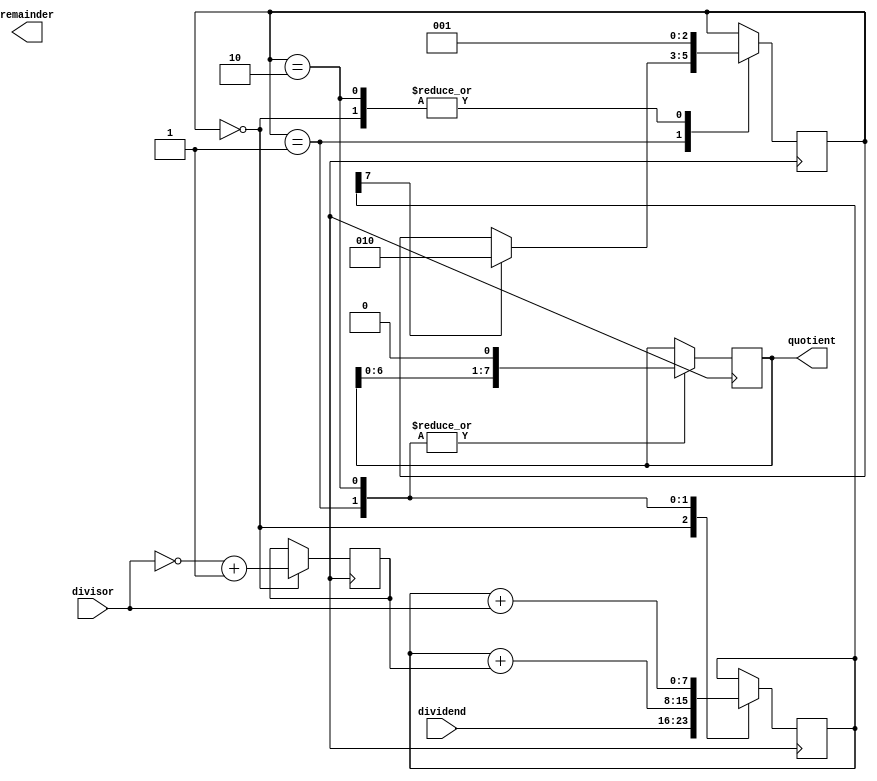
module non_restoring_divider (
    input wire [7:0] dividend,
    input wire [7:0] divisor,
    output reg [7:0] quotient,
    output reg [7:0] remainder
);

reg [7:0] remainder_reg;
reg [7:0] divisor_neg;
reg [2:0] state;

always @(posedge clk) begin
    case (state)
        0: begin
            remainder_reg <= dividend;
            divisor_neg <= ~divisor + 1;
            state <= 1;
        end
        1: begin
            remainder_reg <= remainder_reg + divisor_neg;
            quotient <= quotient << 1;
            if (remainder_reg[7] == 1) begin
                state <= 2;
            end
        end
        2: begin
            remainder_reg <= remainder_reg + divisor;
            quotient[0] <= 1;
            quotient <= quotient << 1;
            state <= 1;
        end
    endcase
end

endmodule